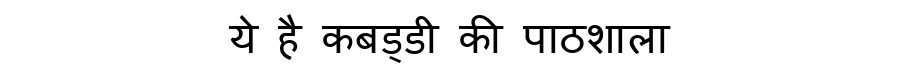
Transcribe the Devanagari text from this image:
ये है कबड्डी की पाठशाला